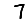
Digit: 7